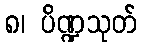
၈၊ ပိဏ္ဍသုတ်